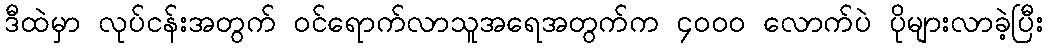
ဒီထဲမှာ လုပ်ငန်းအတွက် ဝင်ရောက်လာသူအရေအတွက်က ၄၀၀၀ လောက်ပဲ ပိုများလာခဲ့ပြီး